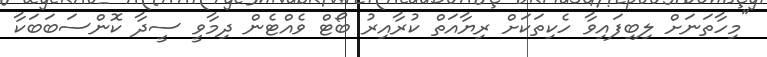
"މިހާތަނަށް ލިބިފައިވާ ހެކިތަކަށް ރިޔާއަތް ކުރާއިރު ބޯޓް ވެއްޓެން ދިމާވީ ސީދާ ކޮންސަބަބަކާ